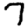
Digit: 7